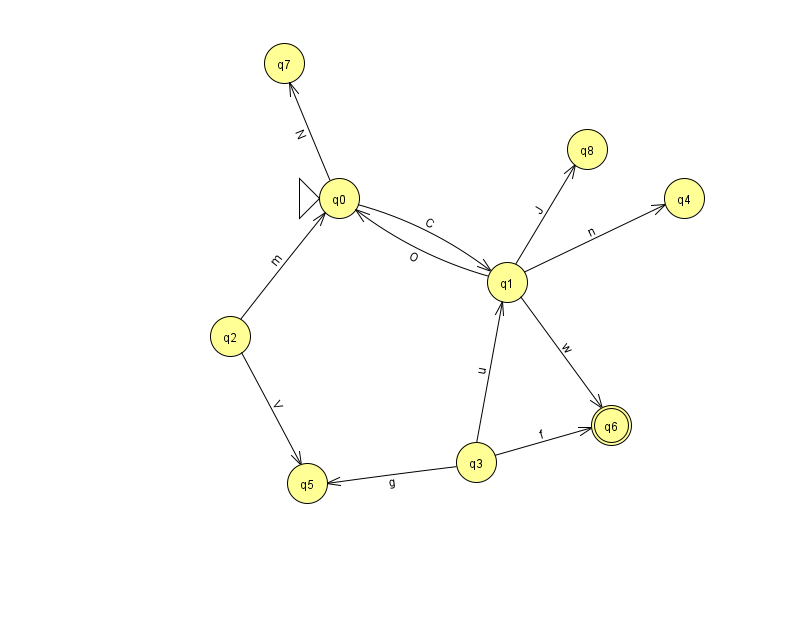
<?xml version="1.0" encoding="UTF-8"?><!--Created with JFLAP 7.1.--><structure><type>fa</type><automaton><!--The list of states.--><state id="0" name="q0"><x>339.0</x><y>185.0</y><initial/></state><state id="1" name="q1"><x>507.0</x><y>269.0</y></state><state id="2" name="q2"><x>230.0</x><y>323.0</y></state><state id="3" name="q3"><x>476.0</x><y>449.0</y></state><state id="4" name="q4"><x>684.0</x><y>185.0</y></state><state id="5" name="q5"><x>307.0</x><y>470.0</y></state><state id="6" name="q6"><x>611.0</x><y>412.0</y><final/></state><state id="7" name="q7"><x>284.0</x><y>50.0</y></state><state id="8" name="q8"><x>587.0</x><y>136.0</y></state><!--The list of transitions.--><transition><from>3</from><to>1</to><read>u</read></transition><transition><from>0</from><to>1</to><read>C</read></transition><transition><from>0</from><to>7</to><read>N</read></transition><transition><from>1</from><to>4</to><read>n</read></transition><transition><from>3</from><to>5</to><read>g</read></transition><transition><from>2</from><to>0</to><read>m</read></transition><transition><from>2</from><to>5</to><read>V</read></transition><transition><from>3</from><to>6</to><read>f</read></transition><transition><from>1</from><to>8</to><read>J</read></transition><transition><from>1</from><to>6</to><read>w</read></transition><transition><from>1</from><to>0</to><read>O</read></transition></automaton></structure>